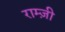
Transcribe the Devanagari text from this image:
राम्ज़ी